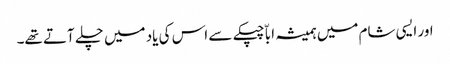
اور ایسی شام میں ہمیشہ اباّ چپکے سے اس کی یاد میں چلے آتے تھے۔